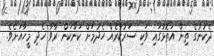
ދެކުނުގެ ތިން އަތޮޅުގައި ވަކި ސަރުކާރެއް ހެދުމަށް ކަންކަން ރާވާ ހެދި މީހާއަށެވެ.